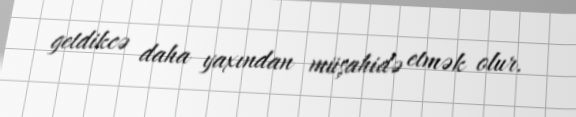
getdikcə daha yaxından müşahidə etmək olur.